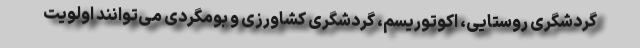
گردشگری روستایی، اکوتوریسم، گردشگری کشاورزی و بومگردی می‌توانند اولویت